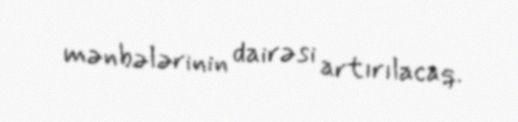
mənbələrinin dairəsi artırılacaq.